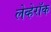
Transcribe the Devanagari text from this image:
लेव्हेरॉक